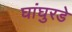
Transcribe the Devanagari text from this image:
घांघुरडे